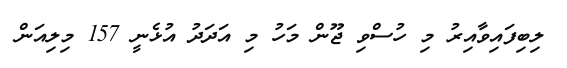
ލިބިފައިވާއިރު މި ހުސްވި ޖޫން މަހު މި އަދަދު އުޅެނީ 157 މިލިއަން